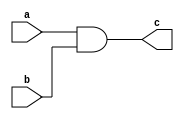
module combinational_logic(
    input wire a,
    input wire b,
    output reg c
);
  
assign c = a & b; // assign statement for AND gate

endmodule